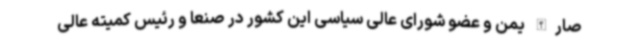
صارالله یمن و عضو شورای عالی سیاسی این کشور در صنعا و رئیس کمیته عالی